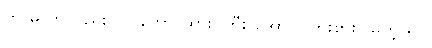
ကဲ မ ကလည်း သ ဘော ထား ကြီး အောင် ကြိုးစားပါမတဲ့ ရှင်